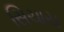
સિચાય